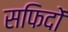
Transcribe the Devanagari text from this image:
सफिदों